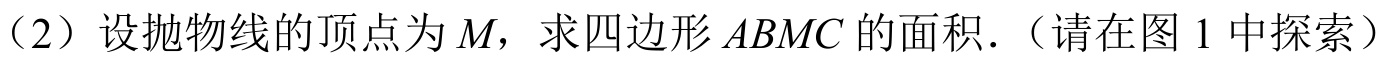
（2）设抛物线的顶点为\(M\)，求四边形\(ABMC\)的面积．（请在图1中探索）